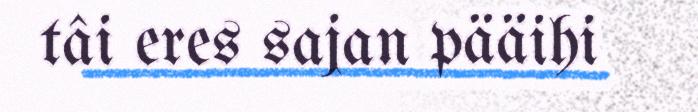
tâi eres sajan pääihi